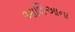
આશિઆના